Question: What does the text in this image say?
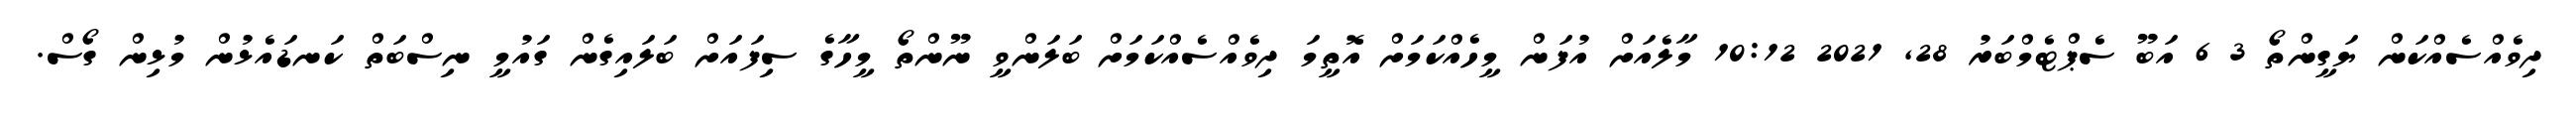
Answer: ދިވެއްސެއްކަން ޔަގީންތޯ 3 6 އަބޫ ސެޕްޓެމްބަރު 28, 2021 10:12 މާލެއަށް އުފަން މީހެއްކަމަށް އޮތީމަ ދިވެއްސެއްކަމަށް ބަލަންވީ ނޫންތޯ މީހާގެ ސިފައަށް ބަލައިގެން ގައުމީ ނިސްބަތް ކަނޑައެޅުން މުޅިން ގޯސް.